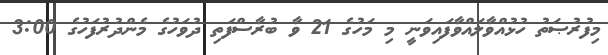
މިފުރުޞަތު ހުޅުއްވާލައްވާފައިވަނީ މި މަހުގެ 21 ވާ ބުރާސްފަތި ދުވަހުގެ މެންދުރުފަހުގެ 3:00